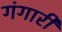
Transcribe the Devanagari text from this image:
गंगारी